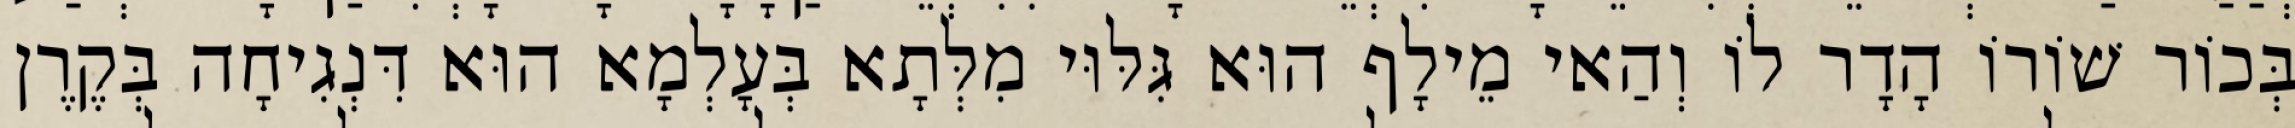
בְּכוֹר שׁוֹרוֹ הָדָר לוֹ וְהַאי מֵילָף הוּא גִּלּוּי מִלְּתָא בְּעָלְמָא הוּא דִּנְגִיחָה בְּקֶרֶן